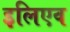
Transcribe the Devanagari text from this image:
इलिएव